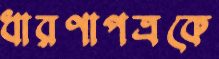
ধারণাপত্রকে